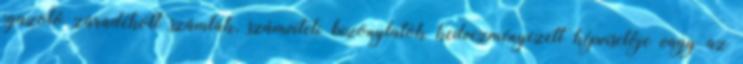
igazoló záradékolt számlák, számviteli bizonylatok kedvezményezett képviselője vagy az